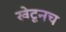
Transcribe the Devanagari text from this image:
खेटूनच